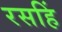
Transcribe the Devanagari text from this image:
रसहिं